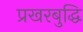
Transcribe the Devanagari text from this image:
प्रखरबुद्धि